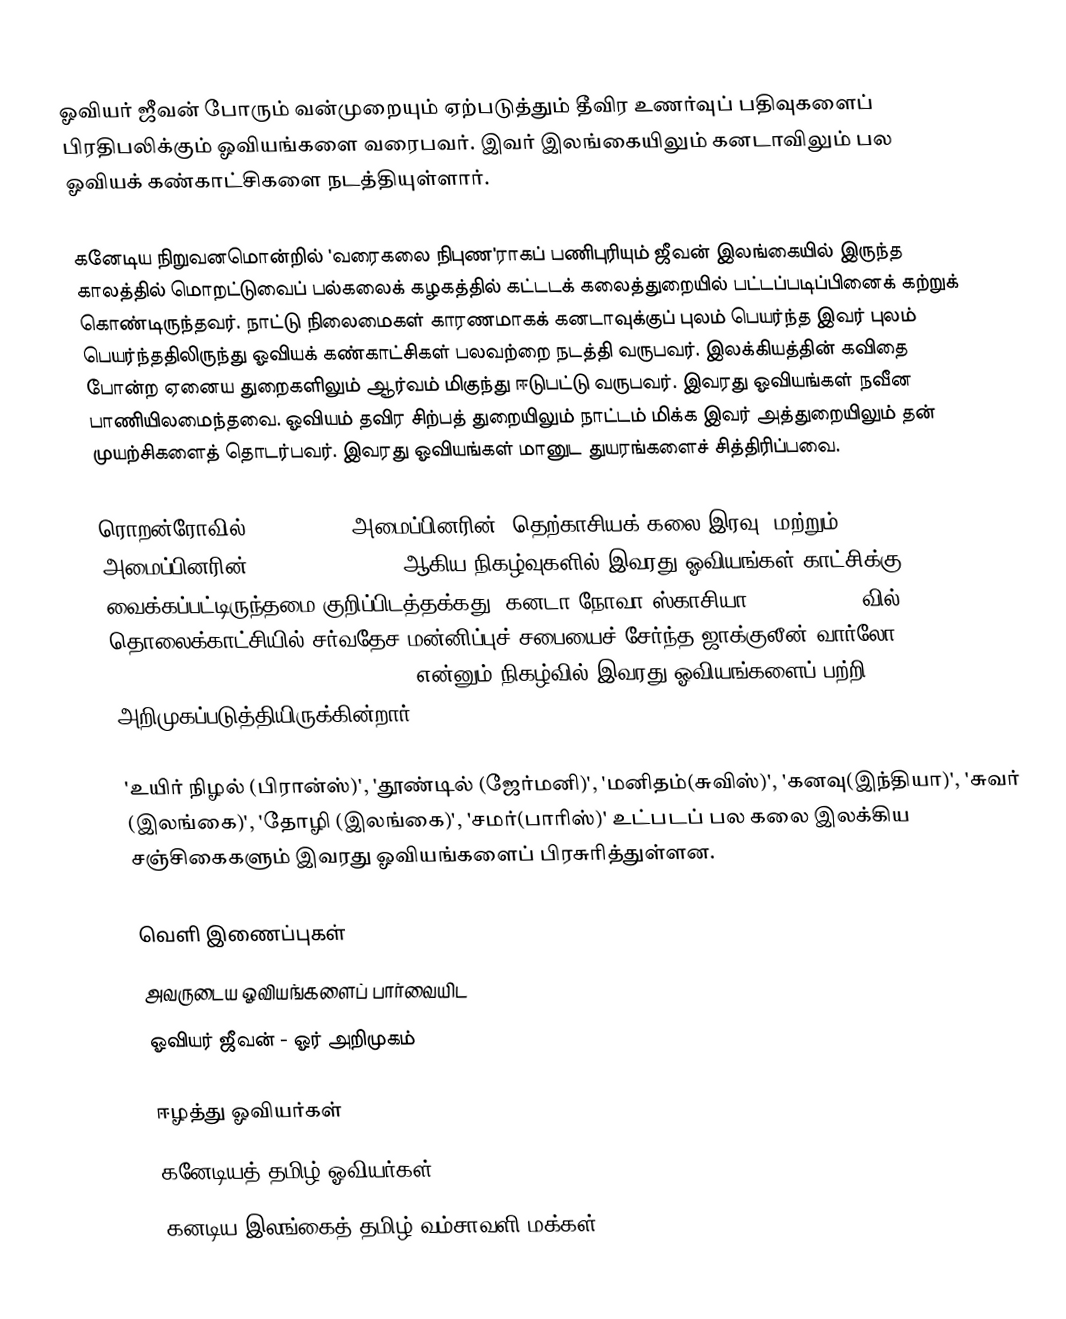
ஓவியர் ஜீவன் போரும் வன்முறையும் ஏற்படுத்தும் தீவிர உணர்வுப் பதிவுகளைப் பிரதிபலிக்கும் ஓவியங்களை வரைபவர். இவர் இலங்கையிலும் கனடாவிலும் பல ஓவியக் கண்காட்சிகளை நடத்தியுள்ளார்.

கனேடிய நிறுவனமொன்றில் 'வரைகலை நிபுண'ராகப் பணிபுரியும் ஜீவன் இலங்கையில் இருந்த காலத்தில் மொறட்டுவைப் பல்கலைக் கழகத்தில் கட்டடக் கலைத்துறையில் பட்டப்படிப்பினைக் கற்றுக் கொண்டிருந்தவர். நாட்டு நிலைமைகள் காரணமாகக் கனடாவுக்குப் புலம் பெயர்ந்த இவர் புலம் பெயர்ந்ததிலிருந்து ஓவியக் கண்காட்சிகள் பலவற்றை நடத்தி வருபவர். இலக்கியத்தின் கவிதை போன்ற ஏனைய துறைகளிலும் ஆர்வம் மிகுந்து ஈடுபட்டு வருபவர். இவரது ஓவியங்கள் நவீன பாணியிலமைந்தவை. ஓவியம் தவிர சிற்பத் துறையிலும் நாட்டம் மிக்க இவர் அத்துறையிலும் தன் முயற்சிகளைத் தொடர்பவர். இவரது ஓவியங்கள் மானுட துயரங்களைச் சித்திரிப்பவை.

ரொறன்ரோவில் Funcky Raat அமைப்பினரின் 'தெற்காசியக் கலை இரவு' மற்றும் Desh Pardesh அமைப்பினரின் 'Desh Pardesh 94' ஆகிய நிகழ்வுகளில் இவரது ஓவியங்கள் காட்சிக்கு வைக்கப்பட்டிருந்தமை குறிப்பிடத்தக்கது. கனடா நோவா ஸ்காசியா (Nova Scotia)வில் தொலைக்காட்சியில் சர்வதேச மன்னிப்புச் சபையைச் சேர்ந்த ஜாக்குலீன் வார்லோ (Jacqueline Warlow) The Strongest Voice is Yours என்னும் நிகழ்வில் இவரது ஓவியங்களைப் பற்றி அறிமுகப்படுத்தியிருக்கின்றார்.

'உயிர் நிழல் (பிரான்ஸ்)', 'தூண்டில் (ஜேர்மனி)', 'மனிதம்(சுவிஸ்)', 'கனவு(இந்தியா)', 'சுவர் (இலங்கை)', 'தோழி (இலங்கை)', 'சமர்(பாரிஸ்)' உட்படப் பல கலை இலக்கிய சஞ்சிகைகளும் இவரது ஓவியங்களைப் பிரசுரித்துள்ளன.

வெளி இணைப்புகள்
 அவருடைய ஓவியங்களைப் பார்வையிட
 ஓவியர் ஜீவன் - ஓர் அறிமுகம்

ஈழத்து ஓவியர்கள்
கனேடியத் தமிழ் ஓவியர்கள்
கனடிய இலங்கைத் தமிழ் வம்சாவளி மக்கள்